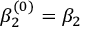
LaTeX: \beta _ { 2 } ^ { ( 0 ) } = \beta _ { 2 }